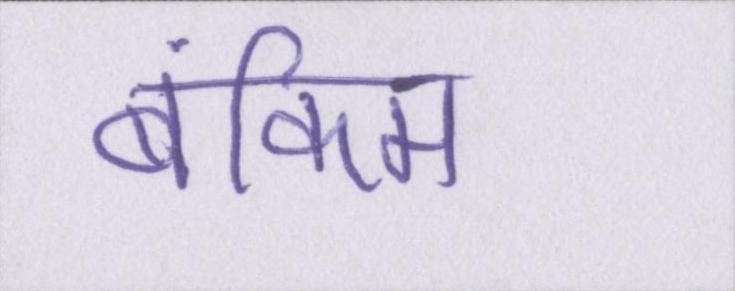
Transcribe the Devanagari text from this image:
बंकिम